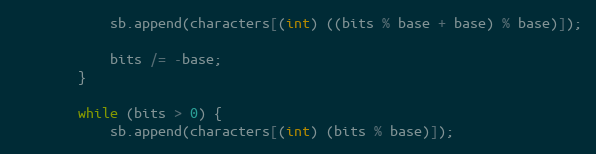
Language: Java
            sb.append(characters[(int) ((bits % base + base) % base)]);

            bits /= -base;
        }

        while (bits > 0) {
            sb.append(characters[(int) (bits % base)]);